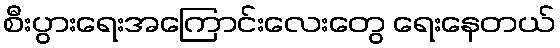
စီးပွားရေးအကြောင်းလေးတွေ ရေးနေတယ်